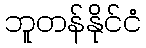
ဘူတန်နိုင်ငံ